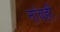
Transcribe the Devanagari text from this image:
नांवही